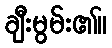
ချီးမွမ်း၏။